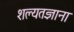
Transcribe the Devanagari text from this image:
शल्यतज्ञाना